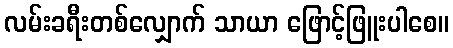
လမ်းခရီးတစ်လျှောက် သာယာ ဖြောင့်ဖြူးပါစေ။